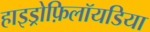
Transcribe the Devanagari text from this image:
हाइड्रोफ़िलॉयडिया